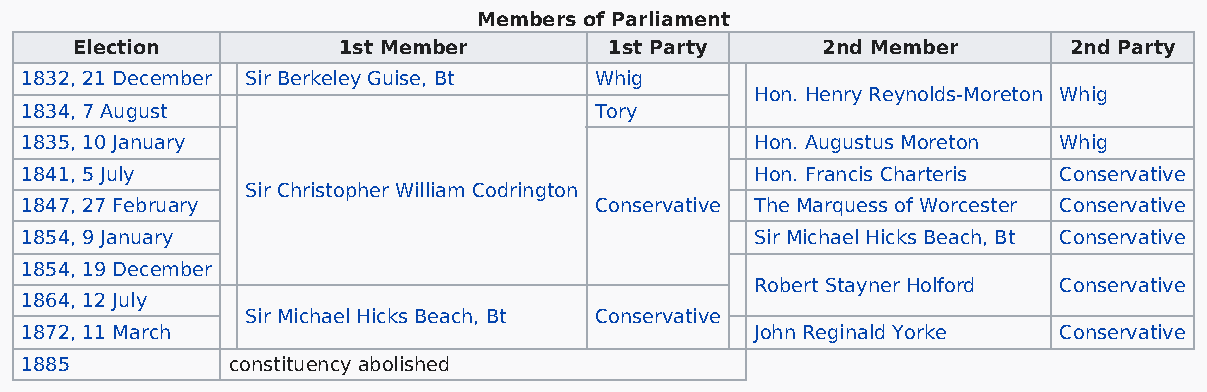
Members of Parliament
 Election         1st Member        1st Party     2nd Member       2nd Party
 1832, 21 December Sir Berkeley Guise, Bt Whig
 Hon. Henry Reynolds-Moreton Whig
 1834, 7 August                        Tory
 1835, 10 January                                 Hon. Augustus Moreton Whig
 1841, 5 July                                     Hon. Francis Charteris Conservative
 Sir Christopher William Codrington
 1847, 27 February                     Conservative The Marquess of Worcester Conservative
 1854, 9 January                                  Sir Michael Hicks Beach, Bt Conservative
 1854, 19 December
 Robert Stayner Holford Conservative
 1864, 12 July
 Sir Michael Hicks Beach, Bt Conservative
 1872, 11 March                                   John Reginald Yorke Conservative
 1885          constituency abolished